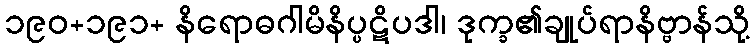
၁၉၀+၁၉၁+ နိရောဓဂါမိနိပ္ပဋိပဒါ၊ ဒုက္ခ၏ချုပ်ရာနိဗ္ဗာန်သို့